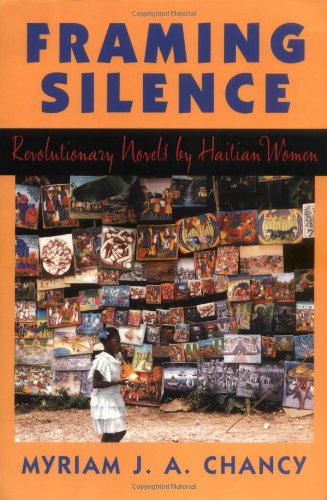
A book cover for Framing Silence: Revolutionary Novels by Haitian Women; Myriam J.A. Chancy; Crafts, Hobbies & Home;